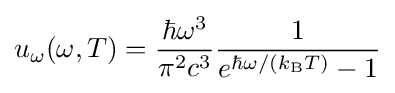
u_{\omega }(\omega ,T)={\frac {\hbar \omega ^{3}}{\pi ^{2}c^{3}}}{\frac {1}{e^{\hbar \omega /(k_{\mathrm {B} }T)}-1}}